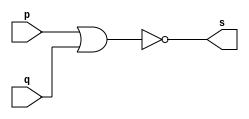
// -------------------------
// Ex2 - NOR
// Nome: Gabriel Benjamim de Carvalho
// -------------------------
// -------------------------
// -- nor gate
// -------------------------
module norgate ( output s, input  p,input  q);
assign s = ~(p | q);
endmodule // norgate
// ---------------------
// -- test nor gate
// ---------------------
module testnorgate;
// ------------------------- dados locais
   reg   a, b; // definir registradores
   wire  s;    // definir conexao (fio)
// ------------------------- instancia
   norgate NOR1 (s, a, b);
// ------------------------- preparacao
   initial begin:start
                   // atribuicao simultanea
// dos valores iniciais
      a=0; b=0;
   end// ------------------------- parte principal
   initial begin
         $display("Ex1 - Gabriel Benjamim de Carvalho - 396690");
         $display("Test NOR gate");
         $display("\na & b = s\n");
           a=0; b=0;
  #1   $display("%b nor %b = %b", a, b, s);
           a=0; b=1;
  #1  $display("%b nor %b = %b", a, b, s);
           a=1; b=0;
  #1   $display("%b nor %b = %b", a, b, s);
           a=1; b=1;
  #1   $display("%b nor %b = %b", a, b, s);
  end
endmodule // testnorgate